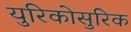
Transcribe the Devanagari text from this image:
युरिकोसुरिक